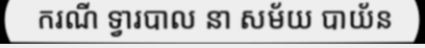
ករណី ទ្វារបាល នា សម័យ បាយ័ន